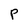
Character: P